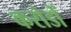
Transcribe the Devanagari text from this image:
करोडोँ